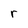
Character: r